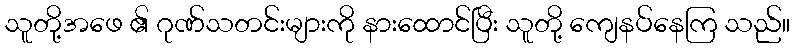
သူတို့အဖေ ၏ ဂုဏ်သတင်းများကို နားထောင်ပြီး သူတို့ ကျေနပ်နေကြ သည်။